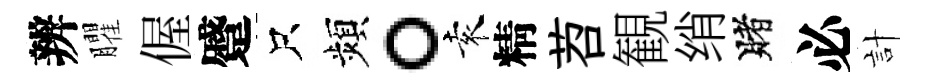
辨臞偓蹙只頻。袁精苕観绡賭必計